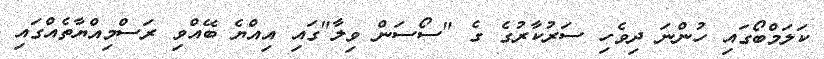
ކަލަމްބޯގައި ހުންނަ ދިވެހި ސަރުކާރުގެ ގެ "ސޯސަން ވިލާ"ގައި އިއްޔެ ބޭއްވި ރަސްމިއްޔާތެއްގައި